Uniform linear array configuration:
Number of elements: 16
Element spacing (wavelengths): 1
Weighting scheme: exponential
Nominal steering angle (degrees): -15
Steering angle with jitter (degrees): -16.705
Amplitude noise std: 0.05
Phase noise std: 0.05

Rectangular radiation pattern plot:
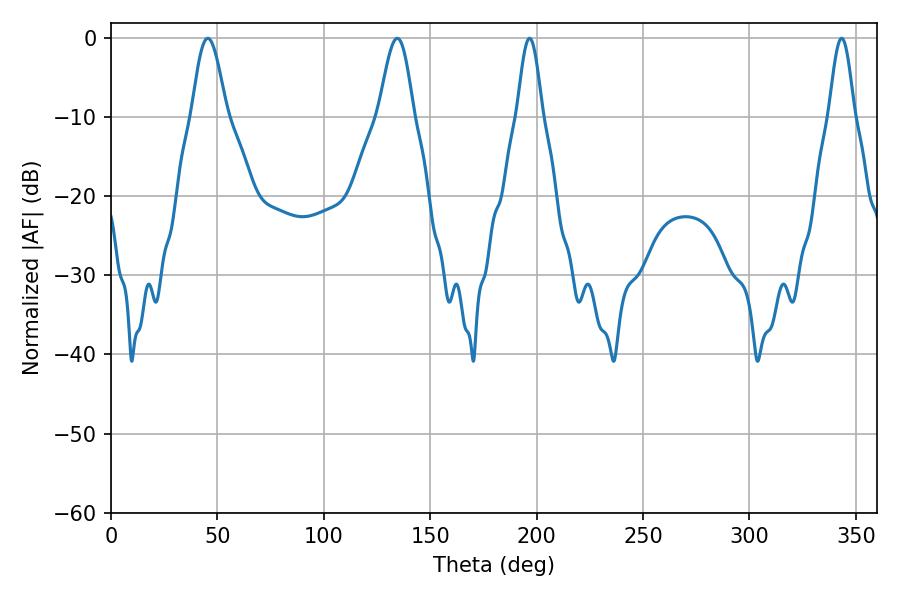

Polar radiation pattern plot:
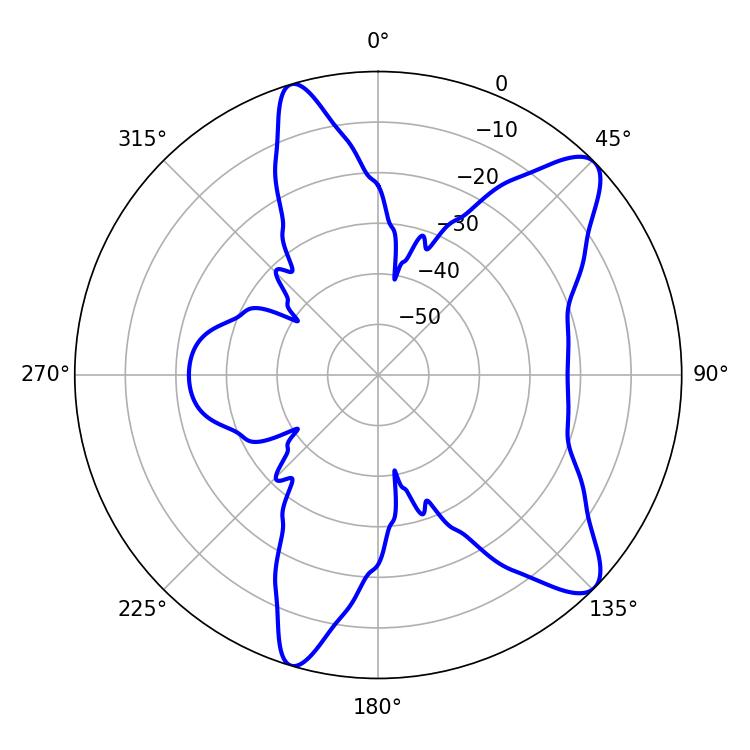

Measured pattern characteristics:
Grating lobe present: TRUE
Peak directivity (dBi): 10.223
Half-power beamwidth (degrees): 8.64
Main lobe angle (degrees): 45.54